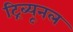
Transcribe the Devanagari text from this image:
ट्रिब्‍यूनल